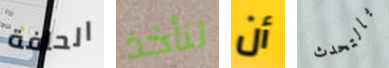
الحافة لنأخذ أن بالتحدث